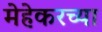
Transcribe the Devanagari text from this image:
मेहेकरच्या